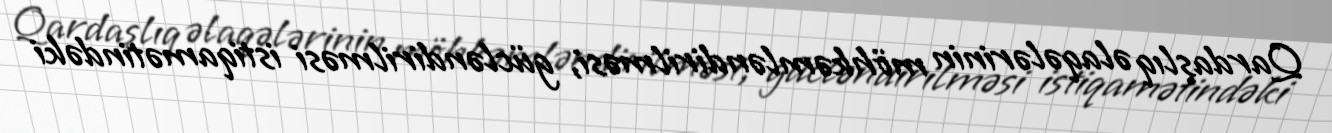
Qardaşlıq əlaqələrinin möhkəmləndirilməsi, gücləndirilməsi istiqamətindəki